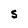
Character: S